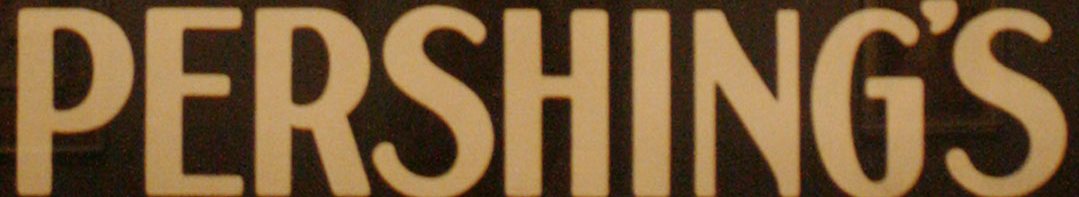
PERSHING'S